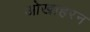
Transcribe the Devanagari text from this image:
ओखाहरन